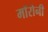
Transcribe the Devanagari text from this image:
मॉरोनी